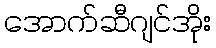
အောက်ဆီဂျင်အိုး